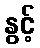
နွင့်